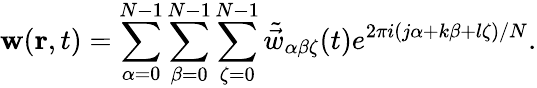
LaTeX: \mathbf{w}(\mathbf{r},t)=\sum_{\alpha=0}^{N-1}\sum_{\beta=0}^{N-1}\sum_{\zeta=0}^{N-1}\tilde{\vec{w}}_{\alpha\beta\zeta}(t)e^{2\pi i(j\alpha+k\beta+l\zeta)/N}.